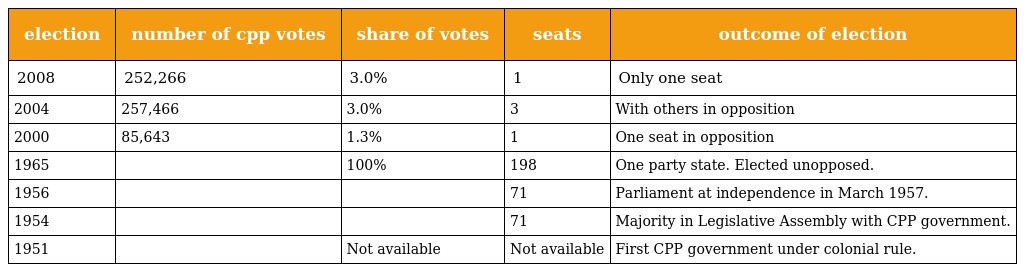
| election | number of cpp votes | share of votes | seats | outcome of election |
 | --- | --- | --- | --- | --- |
 | 2008 | 252,266 | 3.0% | 1 | Only one seat |
 | 2004 | 257,466 | 3.0% | 3 | With others in opposition |
 | 2000 | 85,643 | 1.3% | 1 | One seat in opposition |
 | 1965 |  | 100% | 198 | One party state. Elected unopposed. |
 | 1956 |  |  | 71 | Parliament at independence in March 1957. |
 | 1954 |  |  | 71 | Majority in Legislative Assembly with CPP government. |
 | 1951 |  | Not available | Not available | First CPP government under colonial rule. |